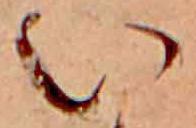
い